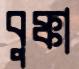
বুক্কা